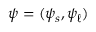
\psi = ( \psi _ { s } , \psi _ { \ell } )